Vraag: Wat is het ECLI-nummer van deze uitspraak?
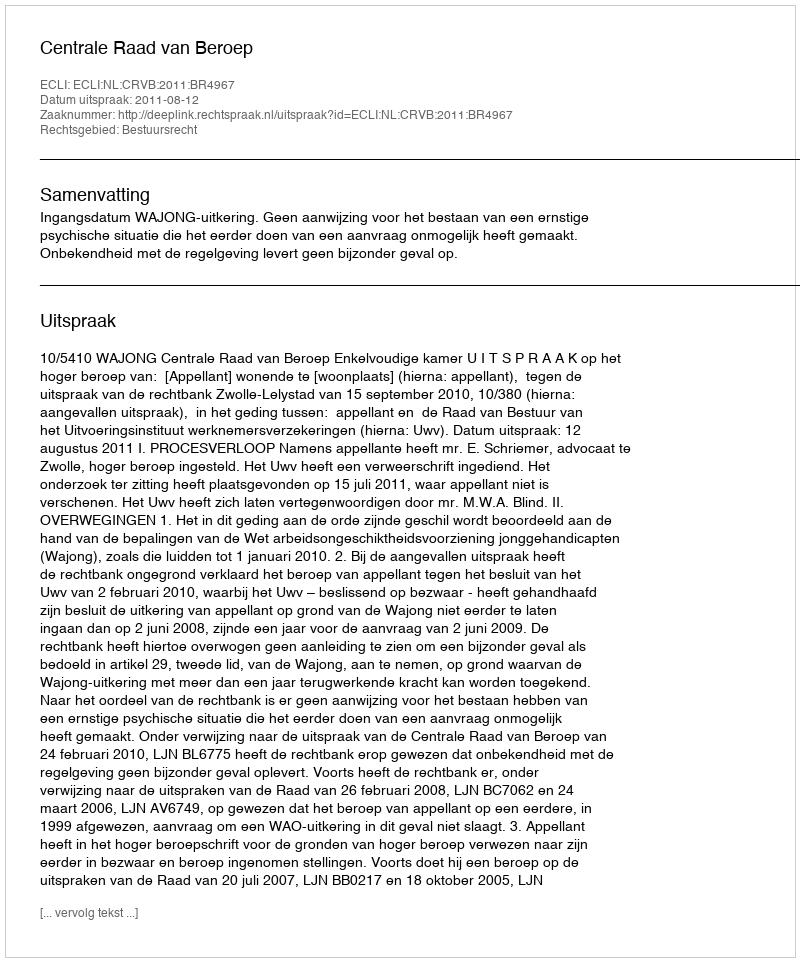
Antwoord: ECLI:NL:CRVB:2011:BR4967